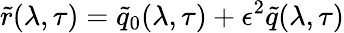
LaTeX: \tilde{r}(\lambda,\tau)=\tilde{q}_{0}(\lambda,\tau)+\epsilon^{2}\tilde{q}(\lambda,\tau)